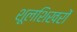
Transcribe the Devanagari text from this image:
शूलशिखरों